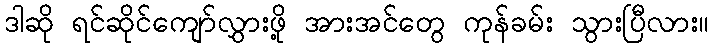
ဒါဆို ရင်ဆိုင်ကျော်လွှားဖို့ အားအင်တွေ ကုန်ခမ်း သွားပြီလား။